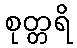
စုတ္တရိ